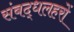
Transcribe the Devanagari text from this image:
संबद्धलहरों